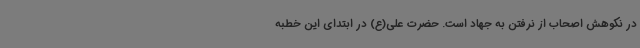
در نکوهش اصحاب از نرفتن به جهاد است. حضرت علی(ع) در ابتدای این خطبه